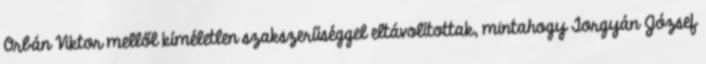
Orbán Viktor mellől kímélet­len szak­­sze­rűséggel eltávolítottak, mintahogy Torgyán József